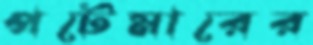
পটেমারের